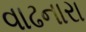
વાઢનારા